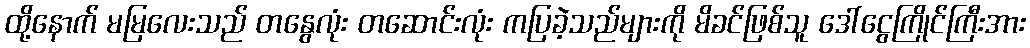
ထို့နောက် မမြလေးသည် တနွေလုံး တဆောင်းလုံး ကပြခဲ့သည်များကို မိခင်ဖြစ်သူ ဒေါ်ငွေကြိုင်ကြီးအား